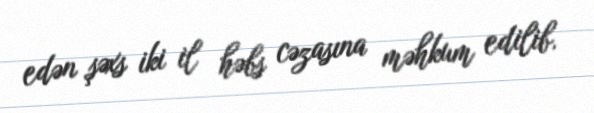
edən şəxs iki il həbs cəzasına məhkum edilib.